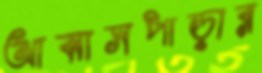
আব্বাসপাড়ার